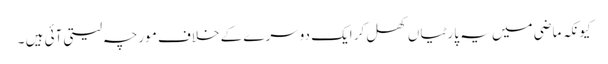
کیونکہ ماضی میں یہ پارٹیاں کھل کر ایک دوسرے کے خلاف مورچہ لیتی آئی ہیں ۔